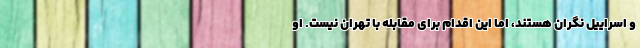
و اسراییل نگران هستند، اما این اقدام برای مقابله با تهران نیست. او